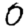
Digit: 0